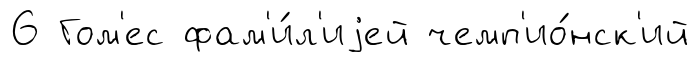
6 Гом'ес фам'и́л'иjей чемп'ио́нск'ий